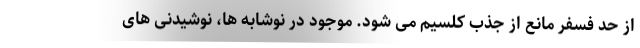
از حد فسفر مانع از جذب کلسیم می شود. موجود در نوشابه ها، نوشیدنی های